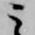
云